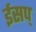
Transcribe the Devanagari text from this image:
ईसप्